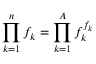
\prod _ { k = 1 } ^ { n } f _ { k } = \prod _ { k = 1 } ^ { A } f _ { k } ^ { f _ { k } }